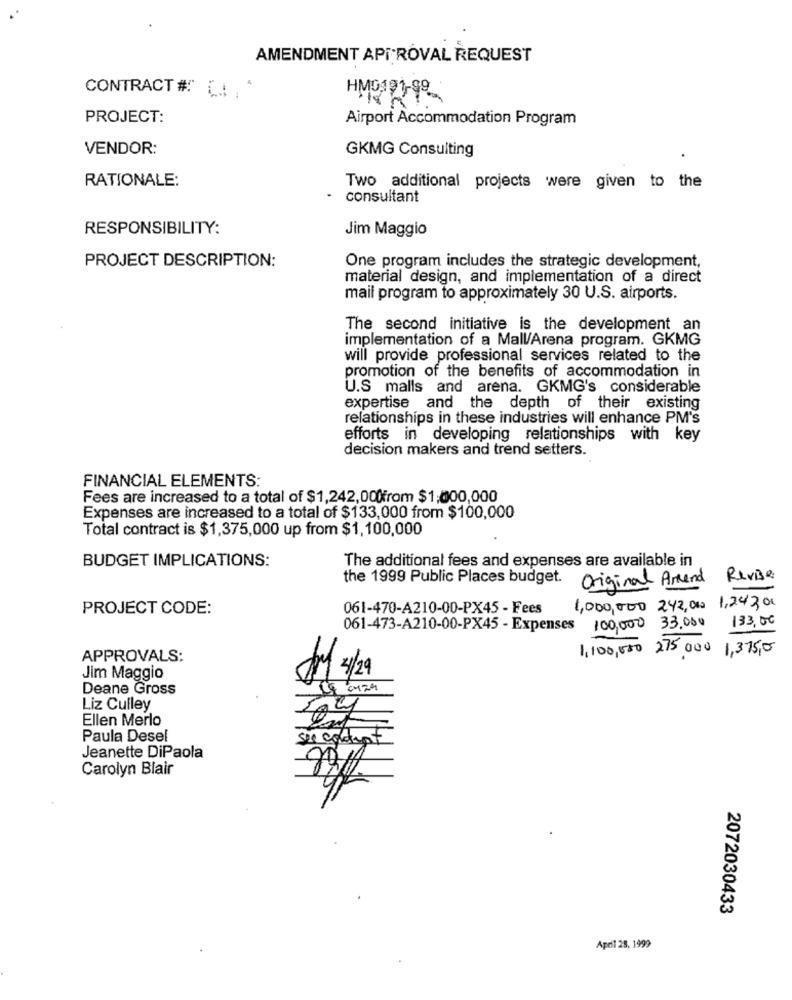
AMENDMENT APPROVAL REQUEST
CONTRACT# [. .
HM0191-99 ...
PROJECT:
Airport Accommodation Program
VENDOR:
GKMG Consulting
RATIONALE:
Two additional projects were given to the
consultant
RESPONSIBILITY:
Jim Maggio
PROJECT DESCRIPTION:
One program includes the strategic development,
material design, and implementation of a direct
mail program to approximately 30 U.S. airports.
The second initiative is the development an
implementation of a Mall/Arena program. GKMG
will provide professional services related to the
promotion of the benefits of accommodation in
U.S malls and arena. GKMG's considerable
expertise and the depth of their existing
relationships in these industries will enhance PM's
efforts in developing relationships with key
decision makers and trend setters.
FINANCIAL ELEMENTS:
Fees are increased to a total of $1,242,000from $1,000,000
Expenses are increased to a total of $133,000 from $100,000
Total contract is $1,375,000 up from $1,100,000
BUDGET IMPLICATIONS:
The additional fees and expenses are available in
the 1999 Public Places budget.
Original Arend Revise
PROJECT CODE:
061-470-A210-00-PX45 - Fees
1,000,000 242,000 1,24301
061-473-A210-00-PX45 - Expenses 100,000 33.000
133,00
APPROVALS:
1,100,000 275,000 1,375,0
1/29
Jim Maggio
Deane Gross
Liz Culley
Ellen Merlo
Paula Desel
Jeanette DiPaola
Carolyn Blair
2072030433
April 28, 1999